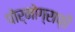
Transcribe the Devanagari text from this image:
पोर्नोग्राफ़ी